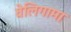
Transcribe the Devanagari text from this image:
वेलिगामा